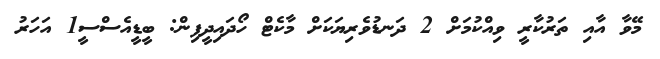
މޭވާ އާއި ތަރުކާރީ ވިއްކުމަށް 2 ދަނޑުވެރިޔަކަށް މާކެޓް ހޯދައިދީފިން: ބީޑީއެސްސީ1 އަހަރު